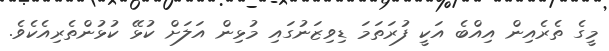
މީގެ ތެރެއިން އިއްބެ އަކީ ފުރަތަމަ ޑިވިޒަނުގައި މުޅިން އަލަށް ކުޅޭ ކުޅުންތެރިއެކެވެ.